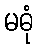
မဓုံ